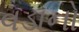
વડાનો